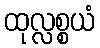
ထုလ္လစ္စယံ